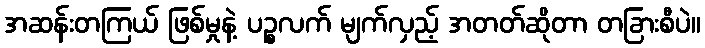
အဆန်းတကြယ် ဖြစ်မှုနဲ့ ပဉ္စလက် မျက်လှည့် အတတ်ဆိုတာ တခြားစီပဲ။